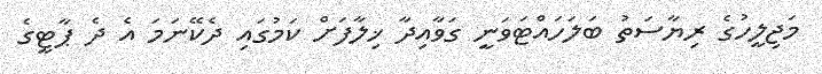
މަޖިލީހުގެ ރިޔާސަތު ބަލަހައްޓަވަނީ ގަވާއިދާ ޚިލާފަށް ކަމުގައި ދެކޭނަމަ އެ ދެ ޕާޓީގެ